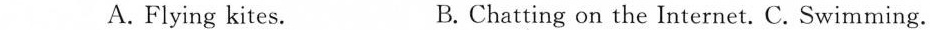
A. Flying kites. B. Chatting on the Internet. C. Swimming.